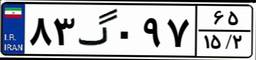
۷۶گ۴۸۸۳۱